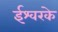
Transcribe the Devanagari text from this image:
ईश्वरके